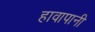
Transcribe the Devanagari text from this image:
हावापानी